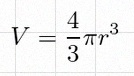
V=\frac43\pi r^3